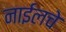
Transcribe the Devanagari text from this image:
नाईलचे